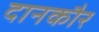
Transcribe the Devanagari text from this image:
दानकौर